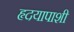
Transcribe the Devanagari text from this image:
हृदयापाशी